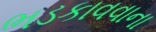
ભડકાવવાના